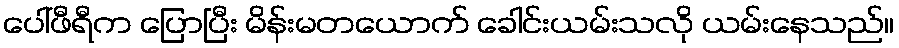
ပေါ်ဖီရီက ပြောပြီး မိန်းမတယောက် ခေါင်းယမ်းသလို ယမ်းနေသည်။